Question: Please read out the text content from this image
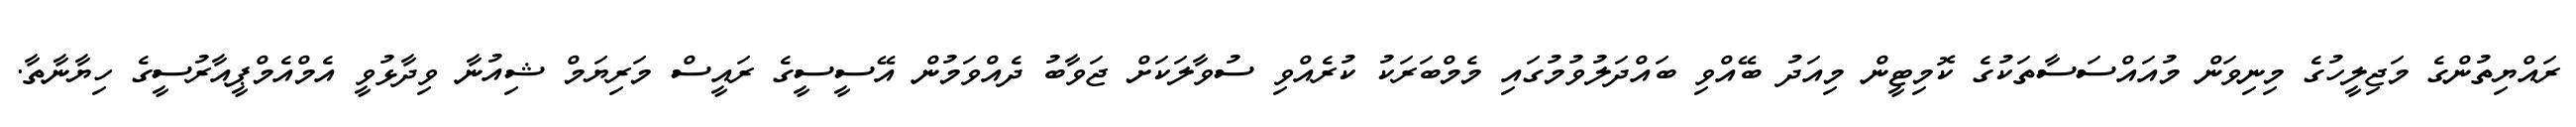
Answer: ރައްޔިތުންގެ މަޖިލީހުގެ މިނިވަން މުއައްސަސާތަކުގެ ކޮމިޓީން މިއަދު ބޭއްވި ބައްދަލުވުމުގައި މެމްބަރަކު ކުރެއްވި ސުވާލަކަށް ޖަވާބު ދެއްވަމުން އޭސީސީގެ ރައީސް މަރިޔަމް ޝިއުނާ ވިދާޅުވީ އެމްއެމްޕީއާރުސީގެ ހިޔާނާތާ.